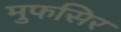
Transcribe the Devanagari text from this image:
मुफसिर